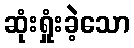
ဆုံးရှုံးခဲ့သော